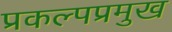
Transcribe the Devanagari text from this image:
प्रकल्पप्रमुख